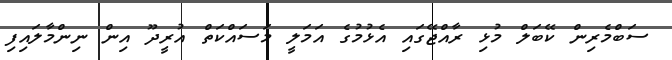
ސަބްމެރިން ކޭބަލް މުޅި ރާއްޖޭގައި އެޅުމުގެ އަމަލީ މަސައްކަތް އުރީދޫ އިން ނިންމާލައިފި